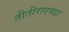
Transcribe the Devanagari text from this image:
तीतीराएवढा